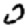
Digit: 0